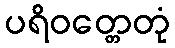
ပရိဝတ္တေတုံ